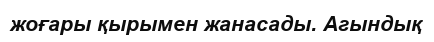
жоғары қырымен жанасады. Агындық